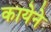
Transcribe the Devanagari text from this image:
कायेने